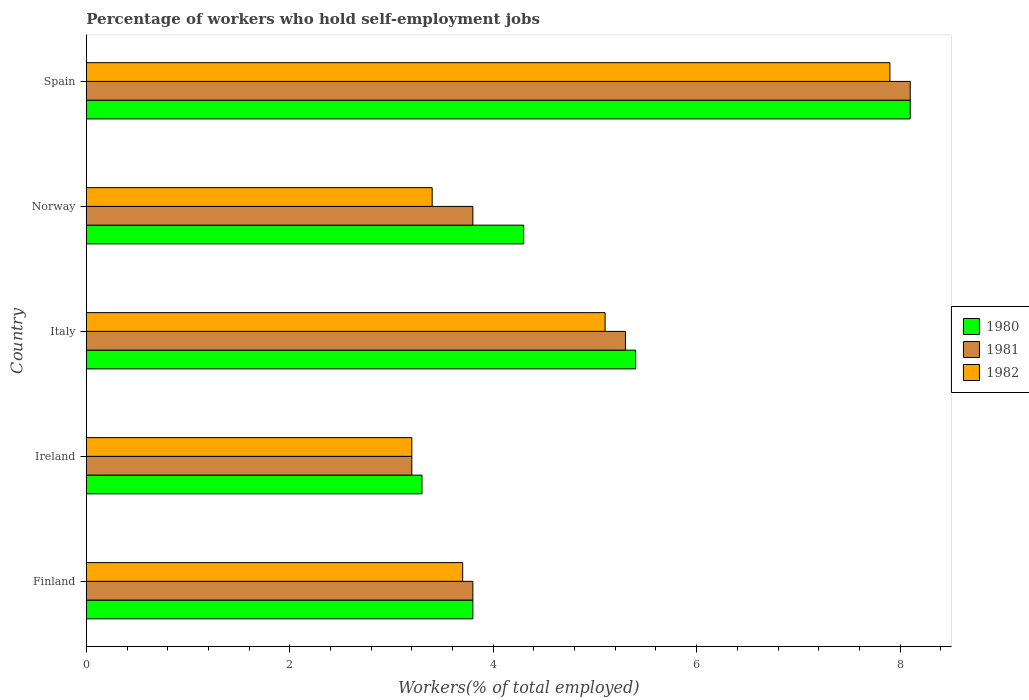
| Country | 1980 | 1981 | 1982 |
 | --- | --- | --- | --- |
 | Finland | 3.8 | 3.8 | 3.7 |
 | Ireland | 3.3 | 3.2 | 3.2 |
 | Italy | 5.4 | 5.3 | 5.1 |
 | Norway | 4.3 | 3.8 | 3.4 |
 | Spain | 8.1 | 8.1 | 7.9 |